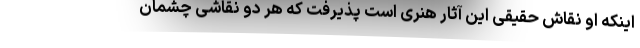
اینکه او نقاش حقیقی این آثار هنری است پذیرفت که هر دو نقاشی چشمان